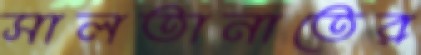
সালতানাতের